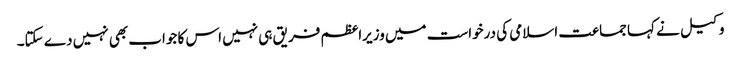
وکیل نے کہا جماعت اسلامی کی درخواست میں وزیراعظم فریق ہی نہیں اس کا جواب بھی نہیں دے سکتا۔